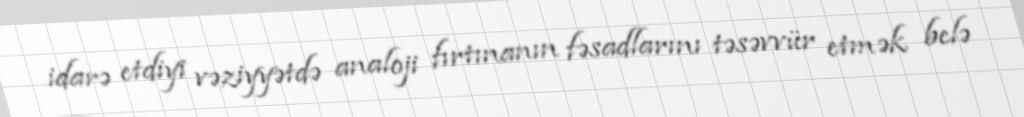
idarə etdiyi vəziyyətdə analoji fırtınanın fəsadlarını təsəvvür etmək belə